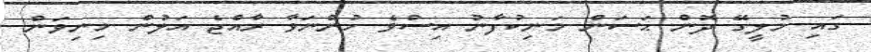
ގައި މުލީގޭ ދޮން ޙަސަން މަނިކުފާނު އިސްވެ ހުންނަވާ ރާއްޖެ އަލުން މިނިވަން